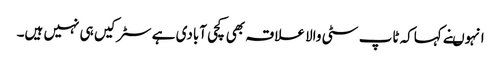
انہوںنے کہاکہ ٹاپ سٹی والا علاقہ بھی کچی آبادی ہے سٹرکیں ہی نہیں ہیں۔